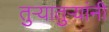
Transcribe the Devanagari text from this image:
तुऱ्यातुऱ्यांनी